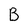
Character: B